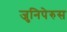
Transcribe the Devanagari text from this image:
जुनिपेरुस